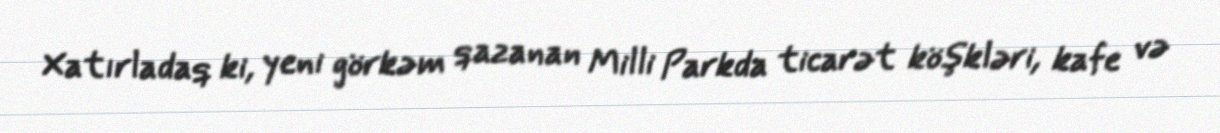
Xatırladaq ki, yeni görkəm qazanan Milli Parkda ticarət köşkləri, kafe və